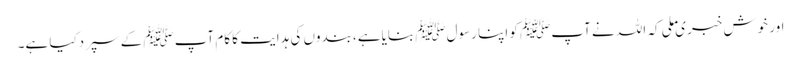
اور خوش خبری ملی کہ اللہ نے آپﷺ کو اپنا رسولﷺ بنایاہے ،بندوں کی ہدایت کا کام آپﷺ کے سپردکیا ہے۔